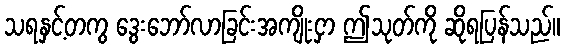
သရနှင့်တကွ ဒွေးဘော်လာခြင်းအကျိုးငှာ ဤသုတ်ကို ဆိုရပြန်သည်။